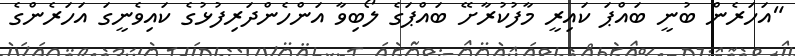
"އަހަރެން ބުނީ ބައްޕަ ކައިރީ މާފުކުރާށޭ ބައްޕަގެ ލޯބިވާ އަންހެންދަރިފުޅުގެ ކައިވެނީގަ އަހަރެންގެ